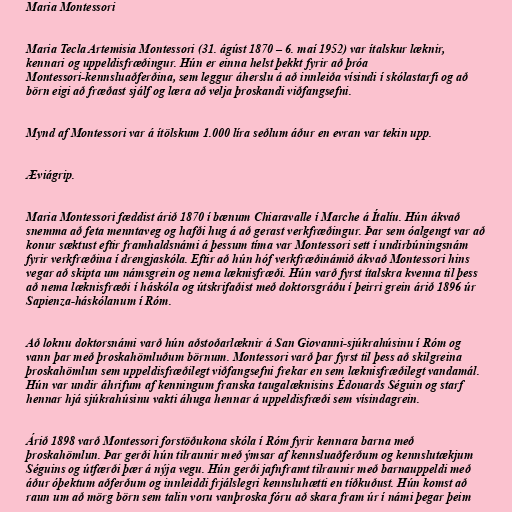
Maria Montessori

Maria Tecla Artemisia Montessori (31. ágúst 1870 – 6. maí 1952) var ítalskur læknir,
kennari og uppeldisfræðingur. Hún er einna helst þekkt fyrir að þróa
Montessori-kennsluaðferðina, sem leggur áherslu á að innleiða vísindi í skólastarfi og að
börn eigi að fræðast sjálf og læra að velja þroskandi viðfangsefni.

Mynd af Montessori var á ítölskum 1.000 líra seðlum áður en evran var tekin upp.

Æviágrip.

Maria Montessori fæddist árið 1870 í bænum Chiaravalle í Marche á Ítalíu. Hún ákvað
snemma að feta menntaveg og hafði hug á að gerast verkfræðingur. Þar sem óalgengt var að
konur sæktust eftir framhaldsnámi á þessum tíma var Montessori sett í undirbúningsnám
fyrir verkfræðina í drengjaskóla. Eftir að hún hóf verkfræðinámið ákvað Montessori hins
vegar að skipta um námsgrein og nema læknisfræði. Hún varð fyrst ítalskra kvenna til þess
að nema læknisfræði í háskóla og útskrifaðist með doktorsgráðu í þeirri grein árið 1896 úr
Sapienza-háskólanum í Róm.

Að loknu doktorsnámi varð hún aðstoðarlæknir á San Giovanni-sjúkrahúsinu í Róm og
vann þar með þroskahömluðum börnum. Montessori varð þar fyrst til þess að skilgreina
þroskahömlun sem uppeldisfræðilegt viðfangsefni frekar en sem læknisfræðilegt vandamál.
Hún var undir áhrifum af kenningum franska taugalæknisins Édouards Séguin og starf
hennar hjá sjúkrahúsinu vakti áhuga hennar á uppeldisfræði sem vísindagrein.

Árið 1898 varð Montessori forstöðukona skóla í Róm fyrir kennara barna með
þroskahömlun. Þar gerði hún tilraunir með ýmsar af kennsluaðferðum og kennslutækjum
Séguins og útfærði þær á nýja vegu. Hún gerði jafnframt tilraunir með barnauppeldi með
áður óþektum aðferðum og innleiddi frjálslegri kennsluhætti en tíðkuðust. Hún komst að
raun um að mörg börn sem talin voru vanþroska fóru að skara fram úr í námi þegar þeim